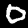
Digit: 0